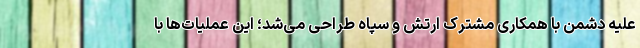
علیه دشمن با همکاری مشترک ارتش و سپاه طراحی می‌شد؛ این عملیات‌ها با